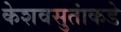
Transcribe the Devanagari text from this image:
केशवसुतांकडे